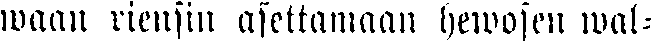
waan riensin asettamaan hewosen wal-